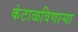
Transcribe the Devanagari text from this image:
कंटाळविणाऱ्या